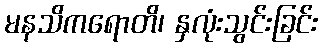
မနသိကရောတိ၊ နှလုံးသွင်းခြင်း